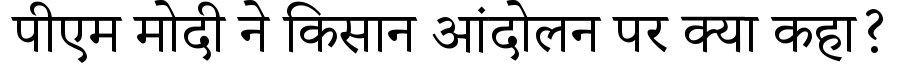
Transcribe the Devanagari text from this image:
पीएम मोदी ने किसान आंदोलन पर क्या कहा?